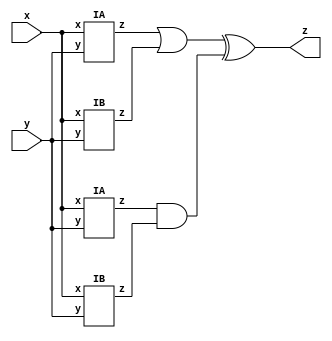
module top_module (input x, input y, output z);

    wire z1, z2, z3, z4;

    IA IA_u0 (.x(x), .y(y), .z(z1));
    IB IB_u0 (.x(x), .y(y), .z(z2));
    IA IA_u1 (.x(x), .y(y), .z(z3));
    IB IB_u1 (.x(x), .y(y), .z(z4));

    assign z = (z1 | z2) ^ (z3 & z4);

endmodule


module IA (input x, input y, output z);
    assign z = (x^y) & x;
endmodule


module IB (input x, input y, output z);
    assign z = ~(x ^ y);
endmodule